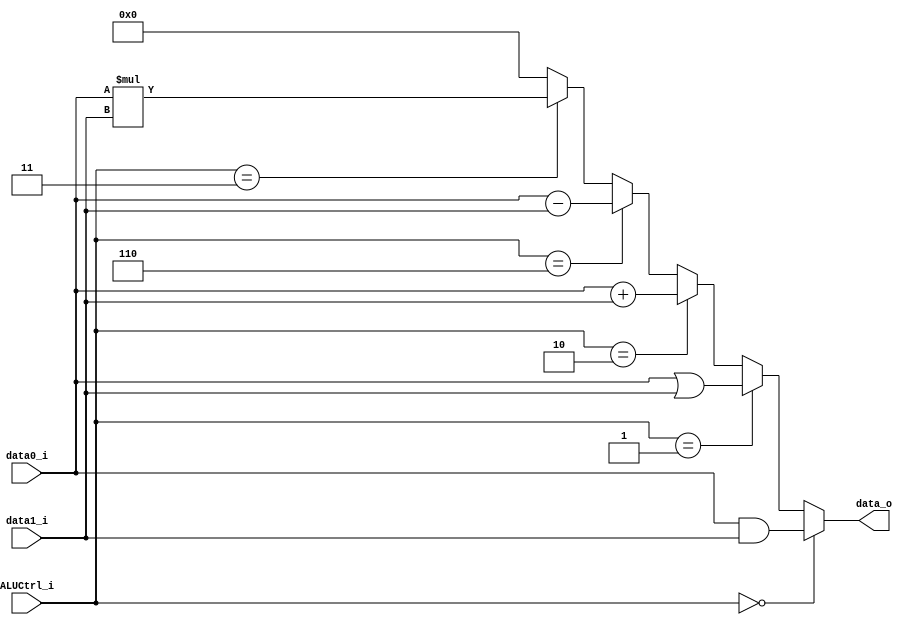
module ALU
(
	data0_i,
	data1_i,
	ALUCtrl_i,
	data_o
);

input	[31:0]	data0_i;
input	[31:0]	data1_i;
input	[2:0]	ALUCtrl_i;
output	[31:0]	data_o;

wire    		[31:0]  add_o, sub_o, and_o, or_o;
wire 	signed  [63:0]  mul_o;

assign  and_o = data0_i & data1_i;
assign  or_o  = data0_i | data1_i;
assign  add_o = data0_i + data1_i;
assign  sub_o = data0_i - data1_i;
assign  mul_o = data0_i * data1_i;

assign  data_o = (ALUCtrl_i == 3'b000 ) ? and_o :
				 (ALUCtrl_i == 3'b001 ) ? or_o :
				 (ALUCtrl_i == 3'b010 ) ? add_o :
				 (ALUCtrl_i == 3'b110 ) ? sub_o  :
				 (ALUCtrl_i == 3'b011 ) ? mul_o[31:0] :
										  32'b0;

endmodule